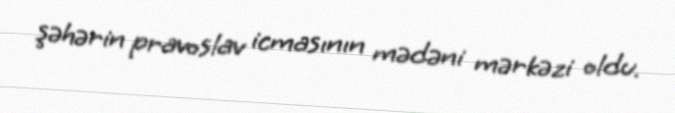
şəhərin pravoslav icmasının mədəni mərkəzi oldu.